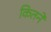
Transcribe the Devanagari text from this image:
कितनें